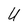
Character: U